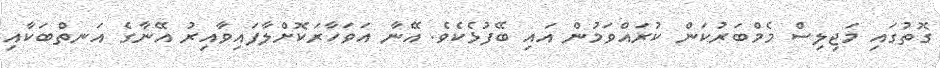
ގޮތުގައި މަޖިލިސް މެމްބަރުކަން ކުރައްވަމުން އައި ބޭފުޅެކެވެ. އޭނާ އަވަހާރަކޮށްލާފައިވާއިރު އޭނާގެ އަނތްބަކާއި